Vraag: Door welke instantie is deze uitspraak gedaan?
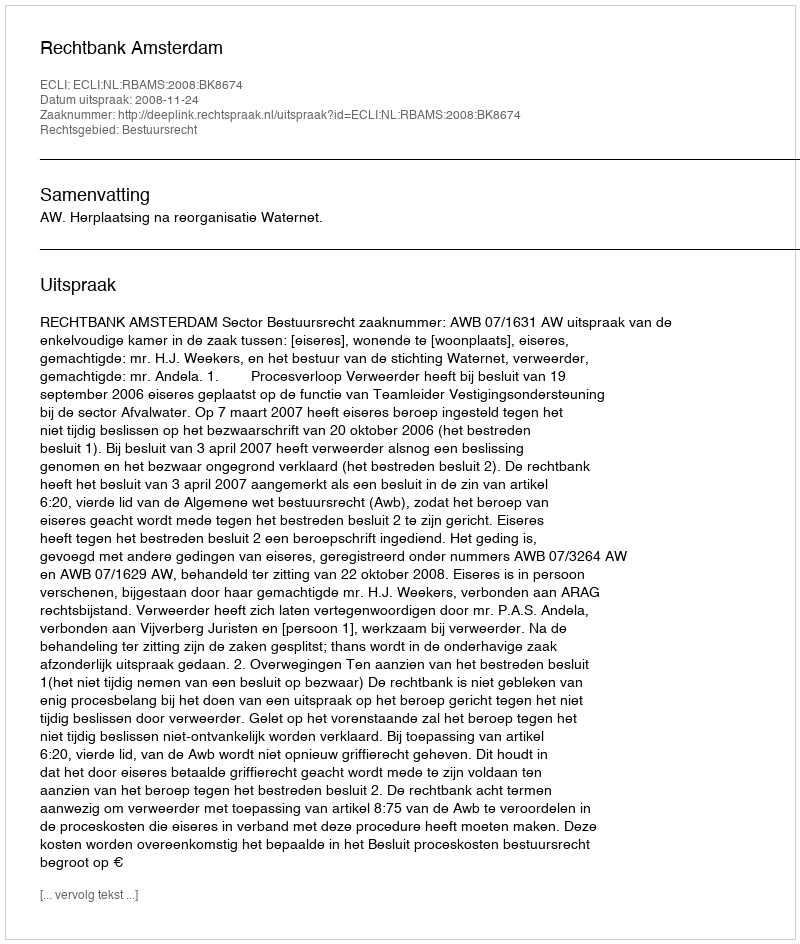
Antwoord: Rechtbank Amsterdam